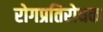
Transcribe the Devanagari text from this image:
रोगप्रतिरोधक